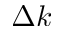
\Delta k